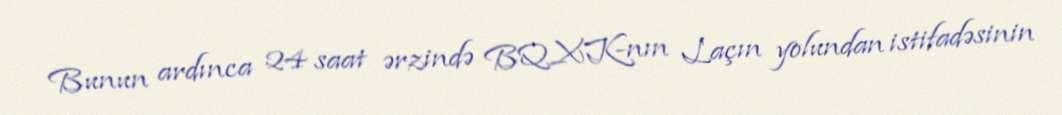
Bunun ardınca 24 saat ərzində BQXK-nın Laçın yolundan istifadəsinin